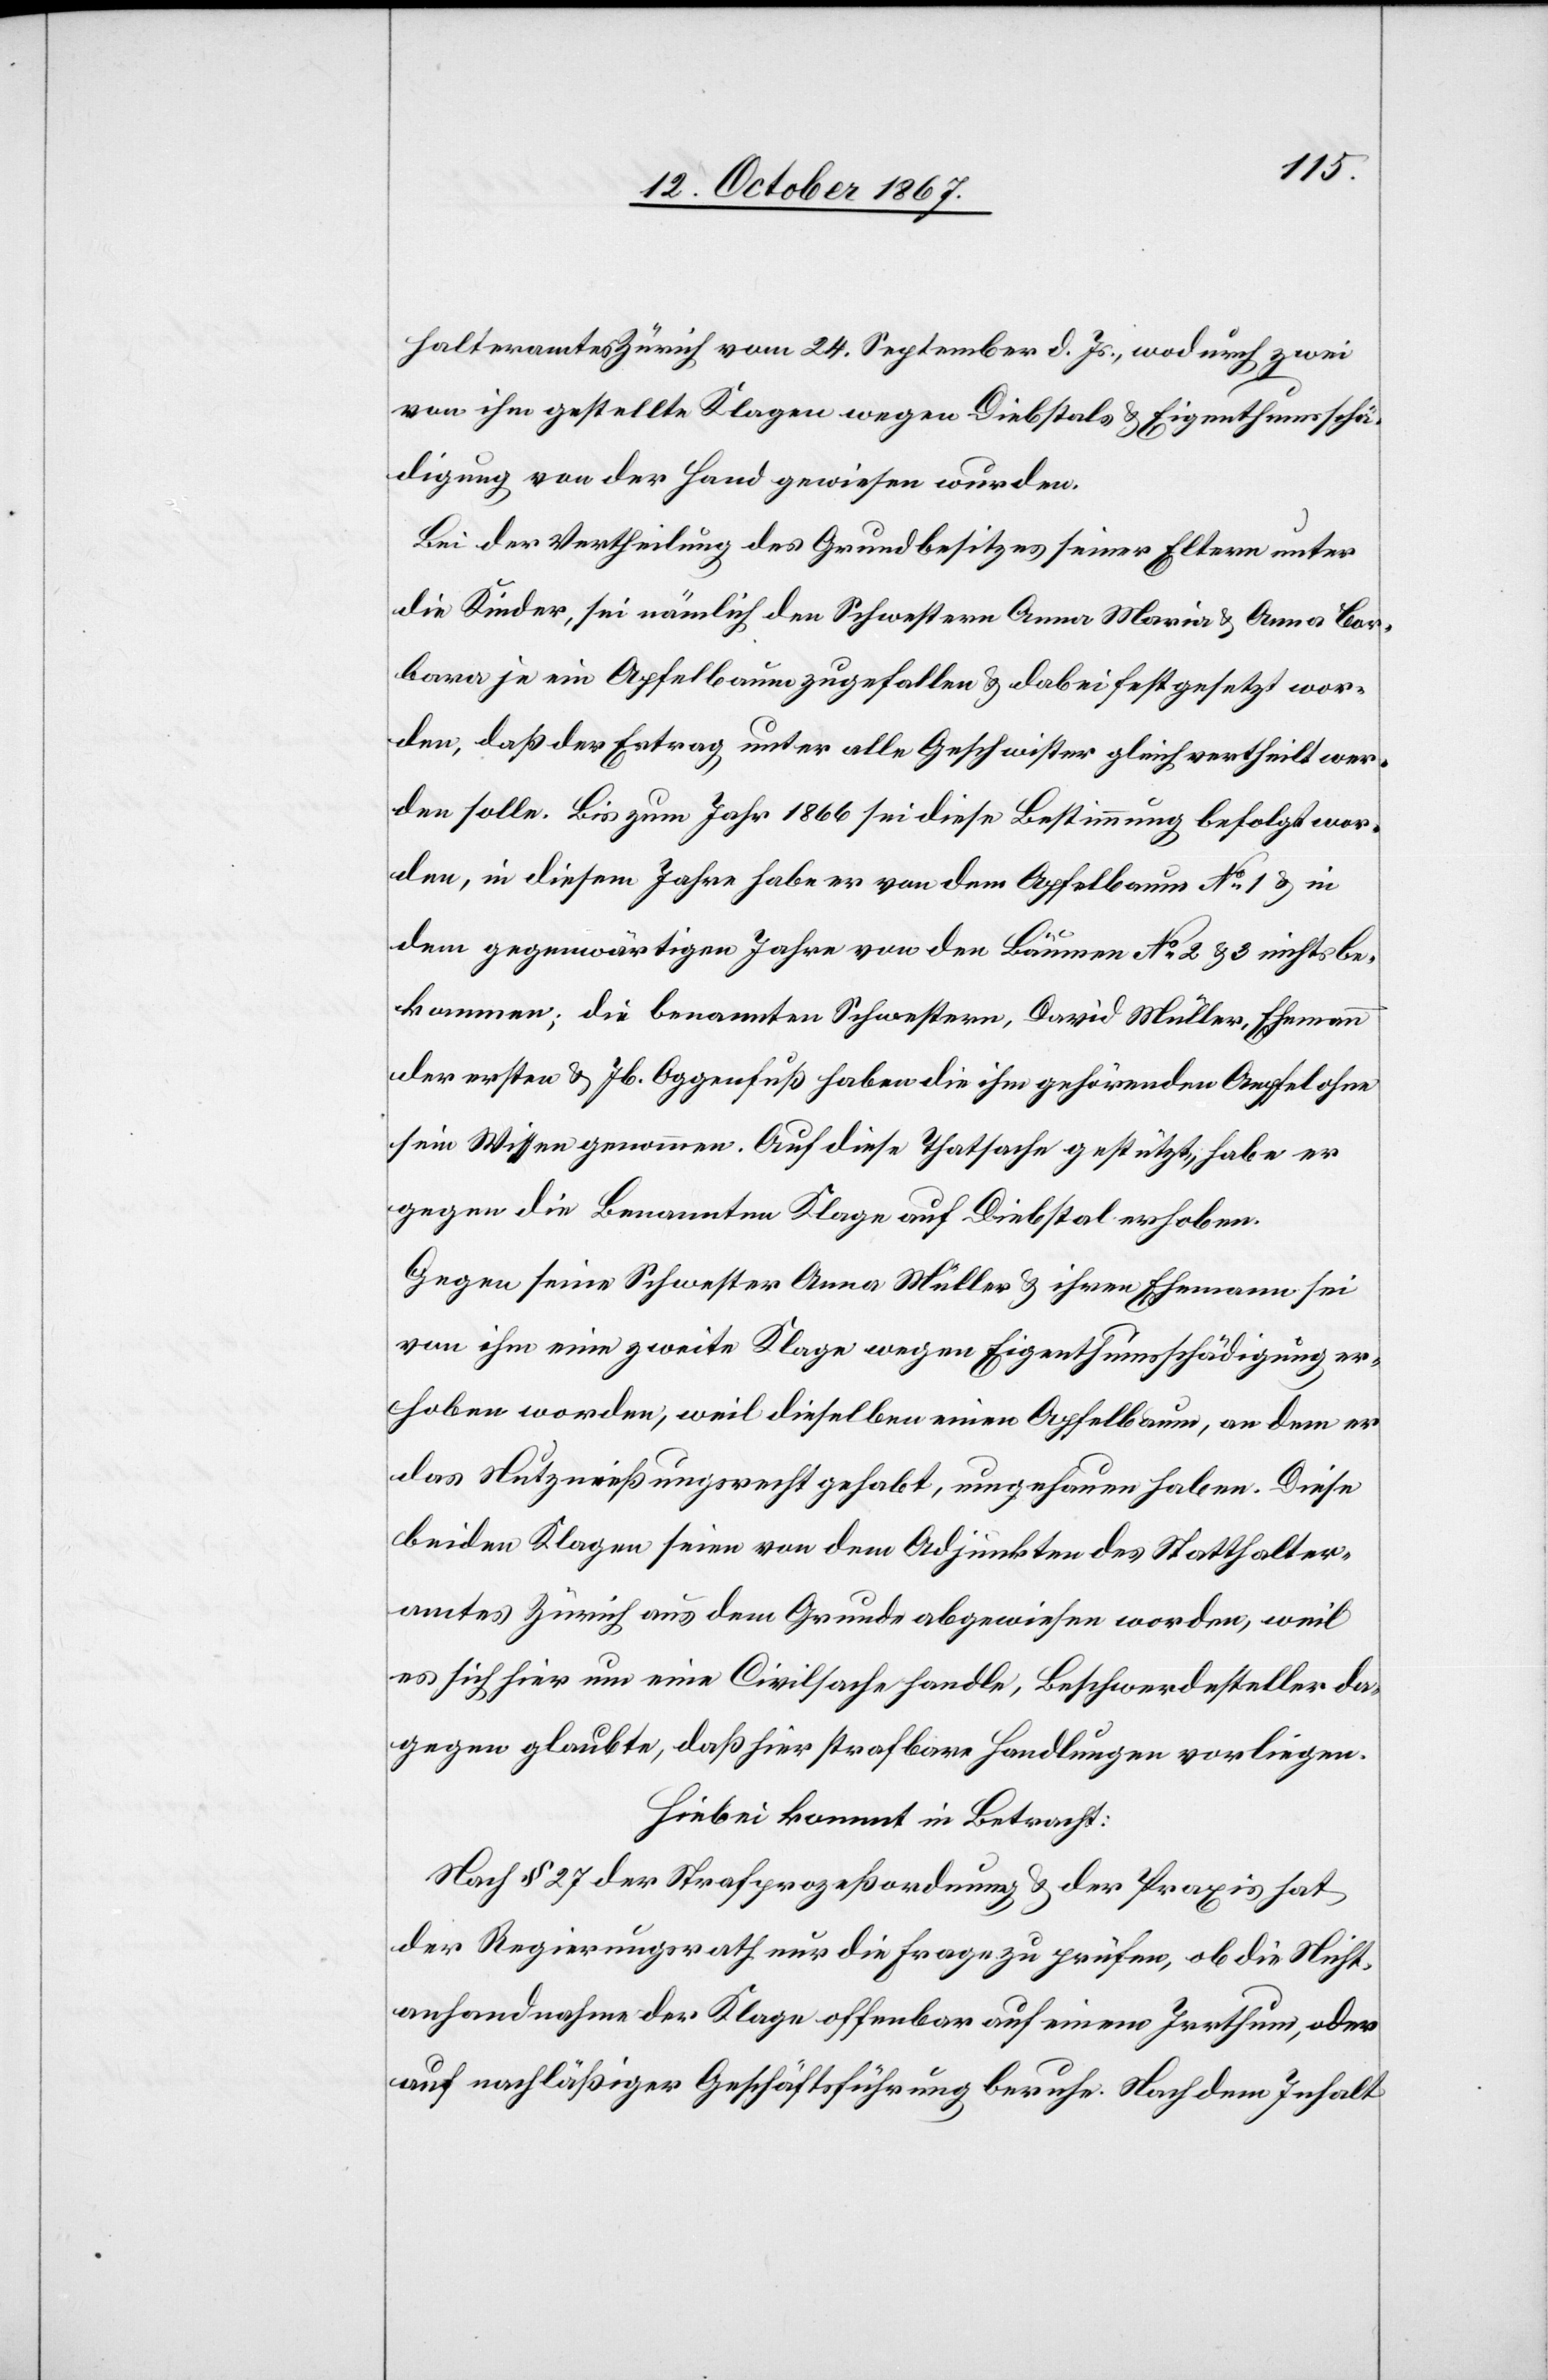
halteramtes Zürich vom 24. September d. Js., wodurch zwei
von ihm gestellte Klagen wegen Diebstals- u. Eigenthumsschä¬
digung von der Hand gewiesen wurden.
Bei der Vertheilung des Grundbesitzes seiner Eltern unter
die Kinder, sei nämlich den Schwestern Anna Maria u. Anna Bar¬
bara je ein Apfelbaum zugefallen u. dabei festgesetzt wor¬
den, daß der Ertrag, unter alle Geschwister gleich vertheilt wer¬
den solle. Bis zum Jahr 1866 sei diese Bestimmung befolgt wor¬
den, in diesem Jahr habe er von dem Apfelbaum No 1 u. in
dem gegenwärtigen Jahre von den Bäumen No 2 u. 3 nichts be¬
kommen; die benannten Schwestern, David Müller, Ehemann
der ersten u. Jb. Aggenfuß haben die ihm gehörenden Aepfel ohne
sein Wissen genommen. Auf diese Thatsache gestützt, habe er
gegen die Benannten Klage auf Diebstal erhoben.
Gegen seine Schwester Anna Müller u. ihren Ehemann sei
von ihm eine zweite Klage wegen Eigenthumsschädigung er¬
hoben worden, weil dieselben einen Apfelbaum, an dem er
das Nutznießungsrecht gehabt, umgehauen haben. Diese
beiden Klagen seien von dem Adjunkten des Statthalter¬
amtes Zürich aus dem Grunde abgewiesen worden, weil
es sich hier um eine Civilsache handle, Beschwerdesteller da¬
gegen glaubte, daß hier strafbare Handlungen vorliegen.
Hiebei kommt in Betracht:
Nach § 27 der Strafprozeßordnung u. der Praxis hat
der Regierungsrath nur die Frage zu prüfen, ob die Nicht¬
anhandnahme der Klage offenbar auf einem Irrthum, oder
auf nachläßiger Geschäftsführung beruhe. Nach dem Inhalt